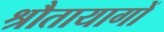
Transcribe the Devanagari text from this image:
श्रौतायागों